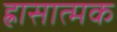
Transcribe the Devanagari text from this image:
ह्रासात्मक